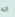
انه